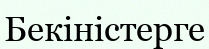
Бекіністерге